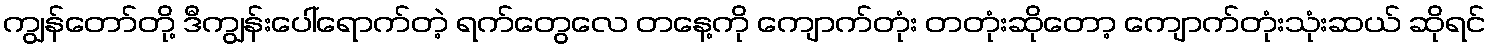
ကျွန်တော်တို့ ဒီကျွန်းပေါ်ရောက်တဲ့ ရက်တွေလေ တနေ့ကို ကျောက်တုံး တတုံးဆိုတော့ ကျောက်တုံးသုံးဆယ် ဆိုရင်